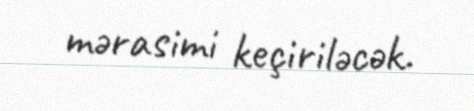
mərasimi keçiriləcək.